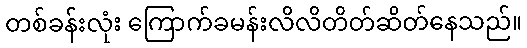
တစ်ခန်းလုံး ကြောက်ခမန်းလိလိတိတ်ဆိတ်နေသည်။